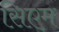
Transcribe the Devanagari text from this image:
सिएम